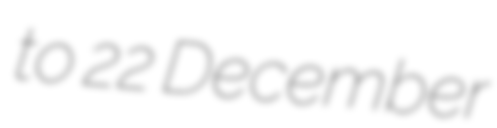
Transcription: to 22 December